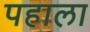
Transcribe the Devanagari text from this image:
पहाला